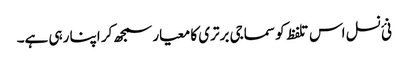
نئ نسل اس تلفظ کو سماجی برتری کا معیار سمجھ کر اپنا رہی ہے۔